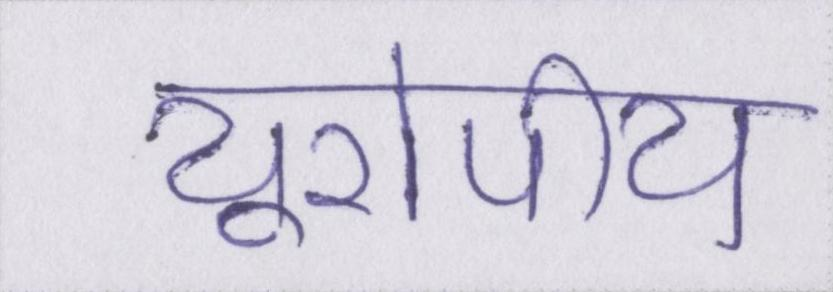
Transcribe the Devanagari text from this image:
यूरोपीय